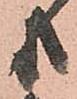
共